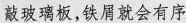
敲玻璃板，铁屑就会有序